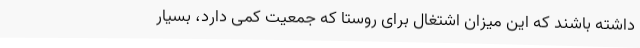
داشته باشند که این میزان اشتغال برای روستا که جمعیت کمی دارد، بسیار